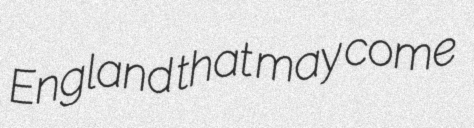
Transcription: England that may come